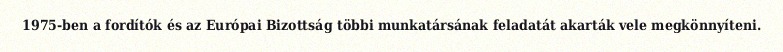
1975-ben a fordítók és az Európai Bizottság többi munkatársának feladatát akarták vele megkönnyíteni.